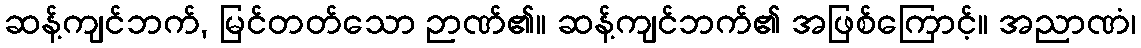
ဆန့်ကျင်ဘက်, မြင်တတ်သော ဉာဏ်၏။ ဆန့်ကျင်ဘက်၏ အဖြစ်ကြောင့်။ အညာဏံ၊